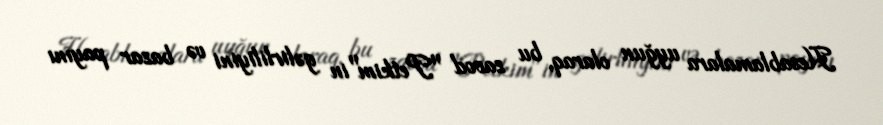
Hesablamalara uyğun olaraq, bu zavod "Petkim"in gəlirliliyini və bazar payını